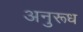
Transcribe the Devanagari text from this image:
अनुरूध